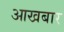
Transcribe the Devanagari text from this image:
आखबार